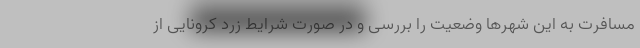
مسافرت به این شهرها وضعیت را بررسی و در صورت شرایط زرد کرونایی از